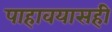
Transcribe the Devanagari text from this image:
पाहावयासही